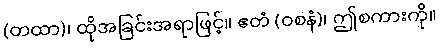
(တထာ)၊ ထိုအခြင်းအရာဖြင့်။ ဧတံ (ဝစနံ)၊ ဤစကားကို။